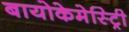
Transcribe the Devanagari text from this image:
बायोकेमेस्ट्रिी